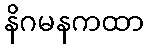
နိဂမနကထာ